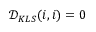
\mathcal { D } _ { K L S } ( i , i ) = 0